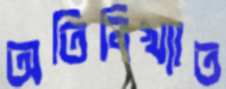
অতিবিখ্যাত